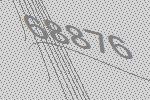
68876